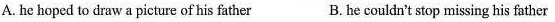
A. he hoped to draw a picture of his father B. he couldn't stop missing his father